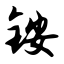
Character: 铵